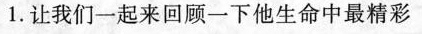
1.让我们一起来回顾一下他生命中最精彩